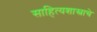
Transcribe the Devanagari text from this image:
साहित्यशास्त्राचे